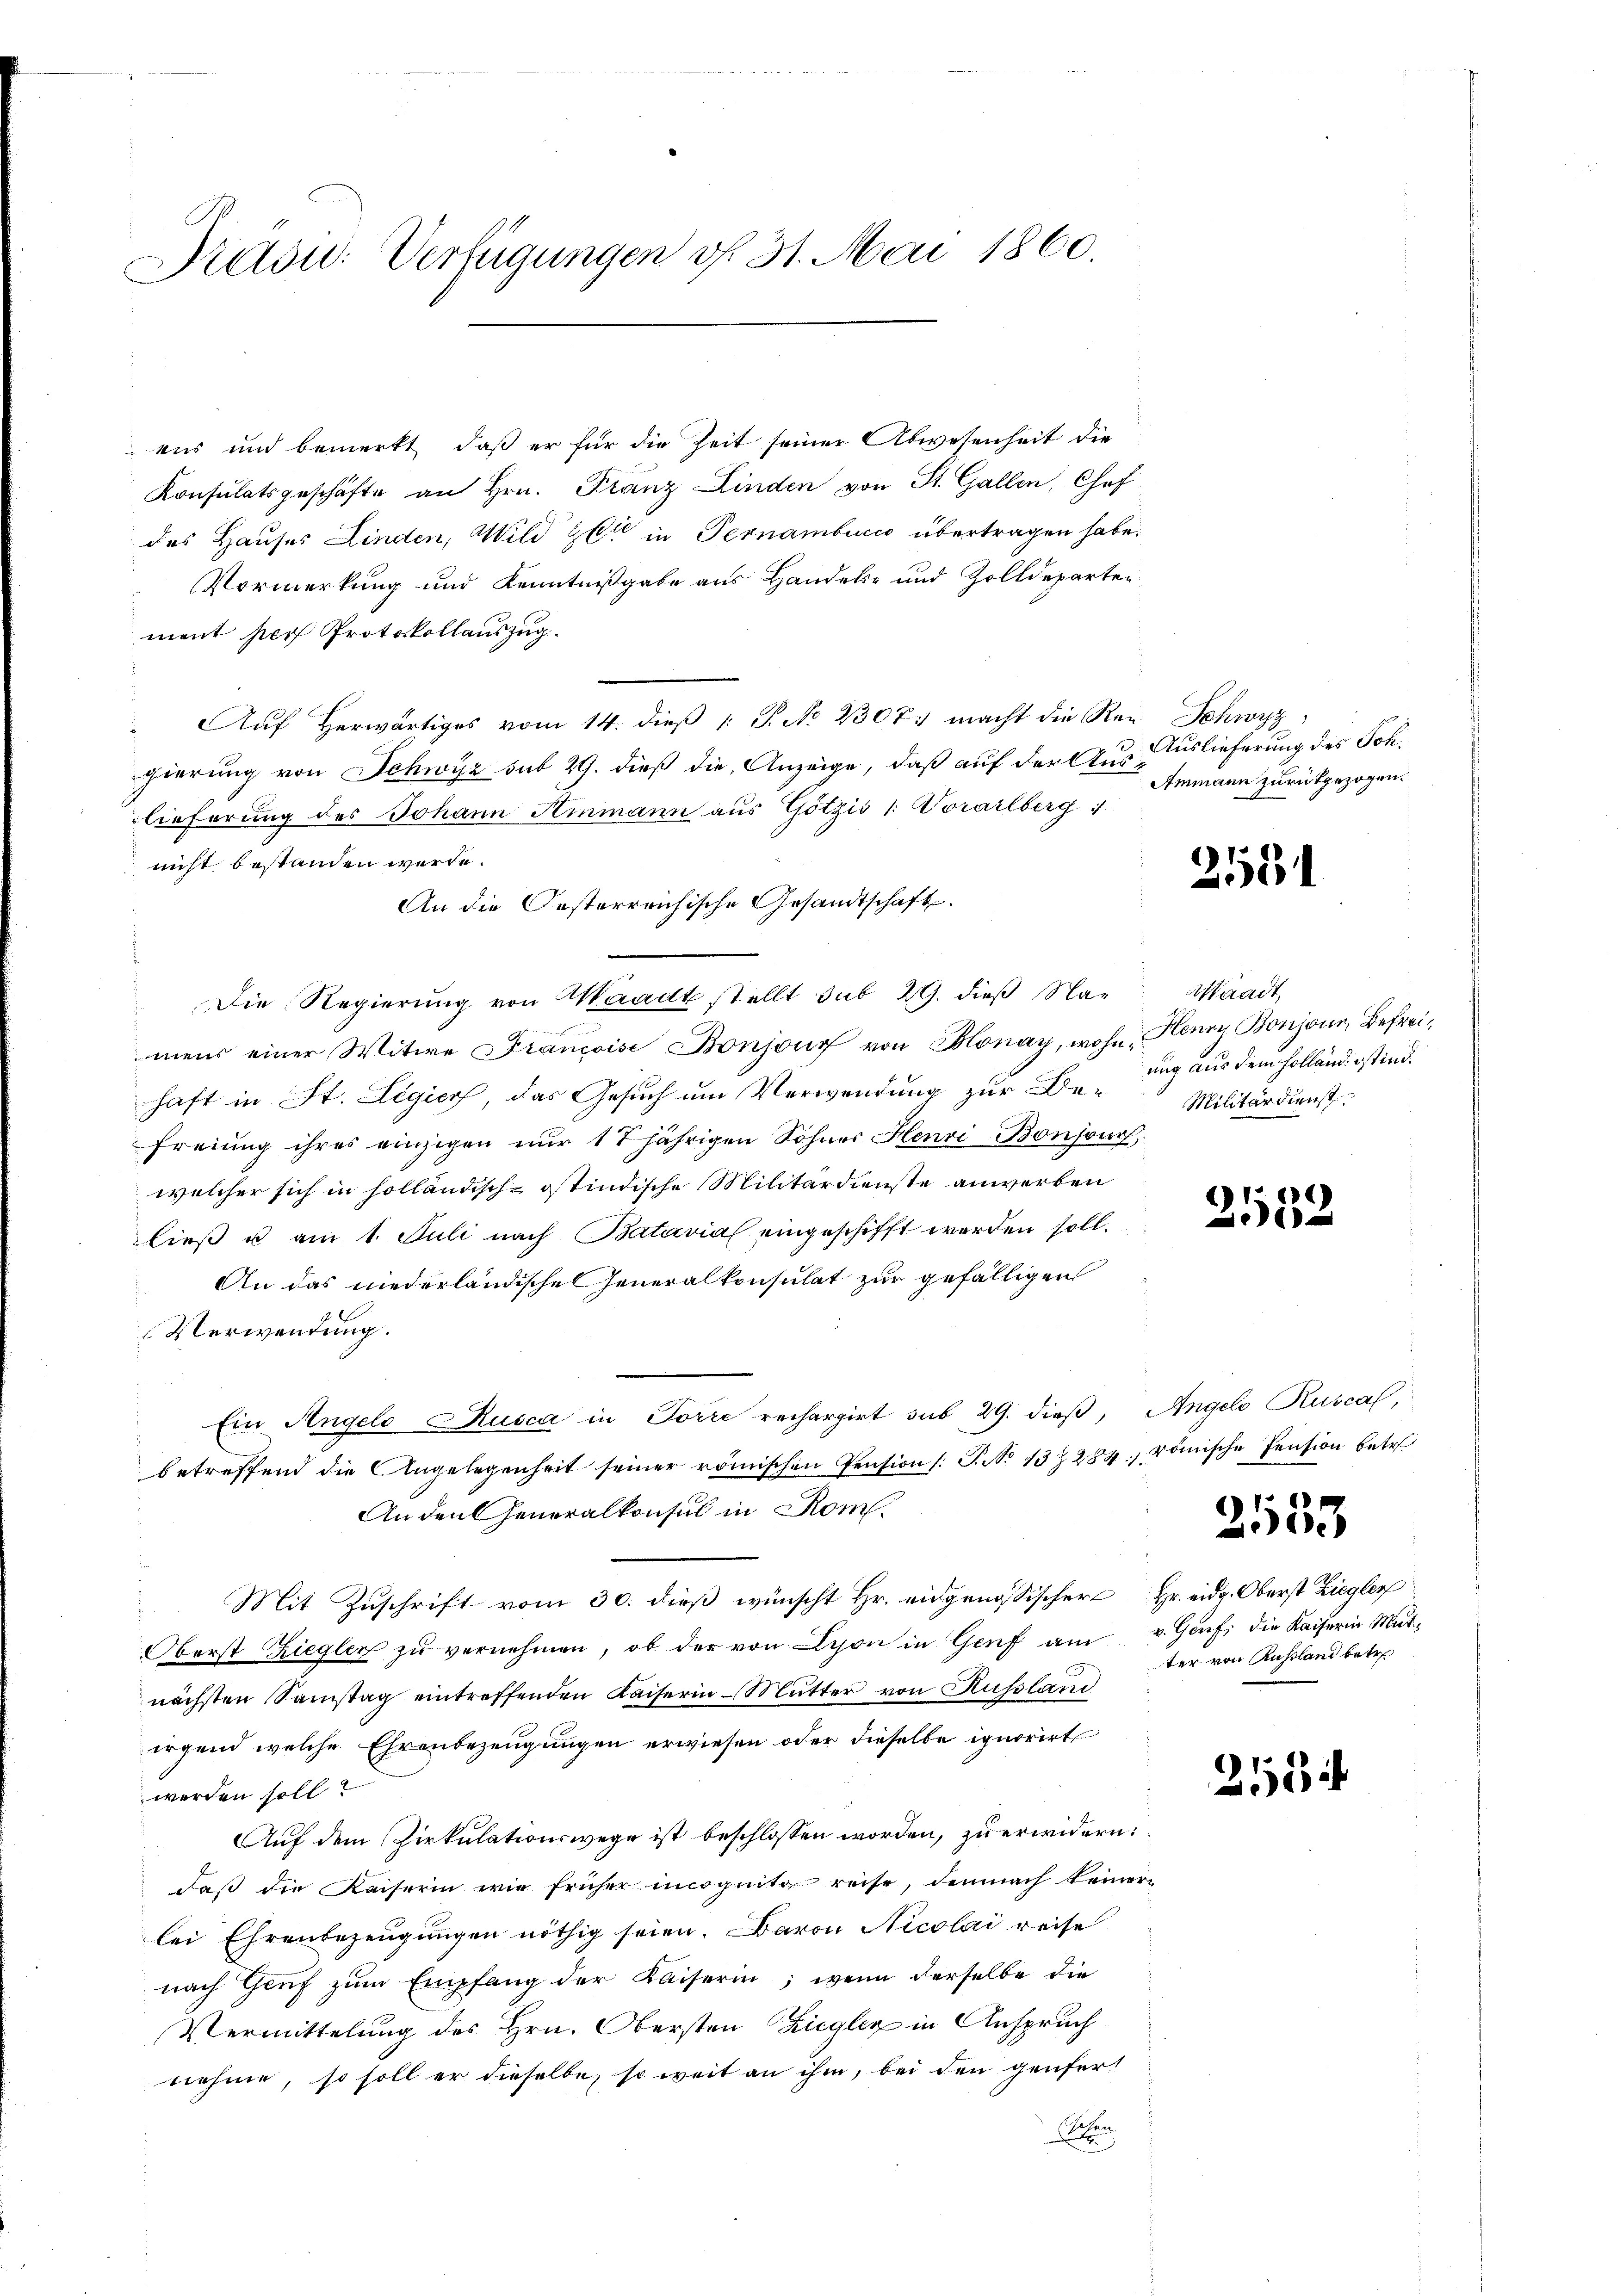
Kradid: Verfügungen v. 31. Mai 1860.

ens und bemerkt, daß er für die Zeit seiner Abwesenheit die
Konsulatsgeschäfte an Hrn. Franz Kinden von St. Gallen, Chef
des Hauses Linden, Wild zu in Pernambucco übertragen habe.
Vormerkung und Kenntnißgabe aus Handels- und Zolldeparten
ment per Protokollauszug.
" Aŭf herwärtiges vom 14. dieβ 1 S. No. 2307. macht die Rei Schwyz
gierung von Schwyz sub 29. dieß die Anzeige, daß auf der Aus Auslieferung des Schlieferung des Johann Hinmann aus Götzis 1. Vorarlberg 1.
nicht bestanden werde.
An die Oesterreichische Gesandtschaft.
e
Die Regierŭng von Waadt stellt sub 29. dieβ Na- Waadt,
mens einer Witwe Francoise Bonjour von Blonay, wohn Henry Bonjoin, Befreihaft in St. Legiorf, das Gesuch um Verwendung zur Bezug aus dem Holländistind.
freiung ihres einzigen nur 17 jährigen Sohner Henri Bonzon,
welcher sich in holländisch-ostindische Militärdienste anwerben
ließ u am 1. Juli nach Batavial eingeschifft werden soll.
An das niederländische Generalkonsulat zur gefälligen
Verwendung.
Ein Angelo Kusca in Forre rechargirt sub 29. dieß, Angelo Ruscal,
betreffend die Angelegenheit seiner römischen Pension (: P. No 13 Z 284, römische Pension betr.
An den Generalkonsul in Rom.
Mit Zuschrift vom 30. dieß wünscht Hr. eidgenössischer Hr. eidg. Oberst Ziegler
Oberst Ziegler zŭ vernehmen, ob der von Lyon in Genf am u. Genf die Kaiserin Mutnächsten Samstag eintreffenden Kaiserin-Mŭtter von Russland
irgend welche Ehrenbezeugungen erwiesen oder dieselbe ignorirt
werden soll?
Auf dem Pirkulationswege ist beschlossen worden, zu erwidern:
daß die Kaiserin wie früher incognito reise, demnach keiner-
lei Ehrenbezeugungen nöthig seien. Baron Nicolai reise
nach Genf zum Empfang der Kaiserin; wenn derselbe die
Vermittelung des Hrn. Obersten Ziegler in Anspruch
nehme, so soll er dieselbe, so weit an ihm, bei den genfert
n

Ammann zurückgezogen.

2551

Militärdienst

2552

2553

ter von Russland betr.

21